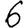
Digit: 6